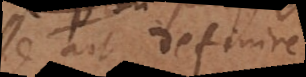
esse ait definire